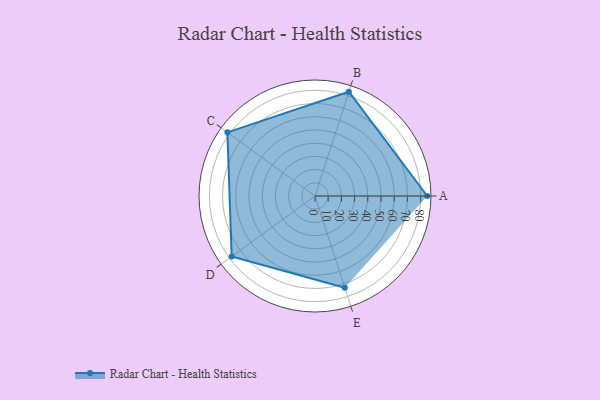
{"axis": {"x": "Skill", "y": "Score"}, "legend": ["Profile"], "data": [{"x": "A", "y": 85.0, "type": "Profile"}, {"x": "B", "y": 83.0, "type": "Profile"}, {"x": "C", "y": 82.0, "type": "Profile"}, {"x": "D", "y": 78.0, "type": "Profile"}, {"x": "E", "y": 73.0, "type": "Profile"}]}